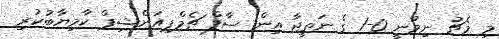
މި މެޗު ނިމުނީ 0-1 ގެ ނަތީޖާ އިން ސާފް ޗެމްޕިއަންޝިޕް ކާމިޔާބުކުރި